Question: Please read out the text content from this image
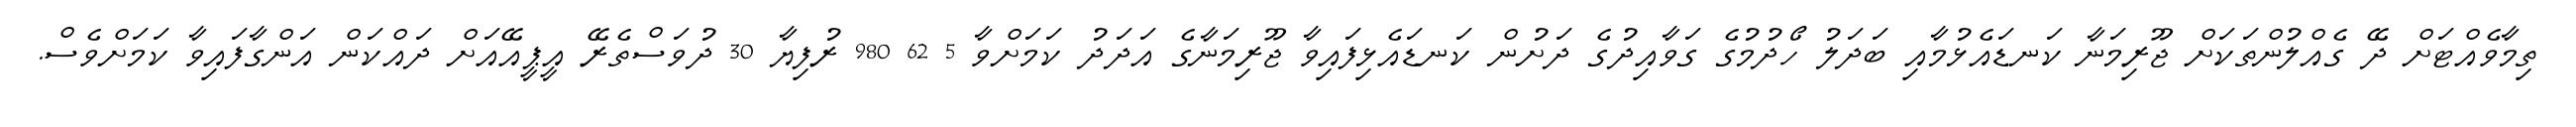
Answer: ތިމާވެއްޓަށް ދޭ ގެއްލުންތަކަށް ޖޫރިމަނާ ކަނޑައެޅުމާއި ބަދަލު ހޯދުމުގެ ގަވާއިދުގެ ދަށުން ކަނޑައެޅިފައިވާ ޖޫރިމަނާގެ އަދަދު ކަމަށްވާ 5 62 980 ރުފިޔާ 30 ދުވަސްތެރޭ އީޕީއޭއަށް ދައްކަން އަންގާފައިވާ ކަމަށްވެސް.